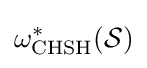
\omega _{\text{CHSH}}^{*}({\mathcal {S}})